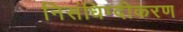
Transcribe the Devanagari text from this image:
निसंधिग्दीकरण